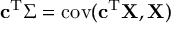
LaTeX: \mathbf { c } ^ { \mathrm { { T } } } \Sigma = \operatorname { c o v } ( \mathbf { c } ^ { \mathrm { { T } } } \mathbf { X } , \mathbf { X } )